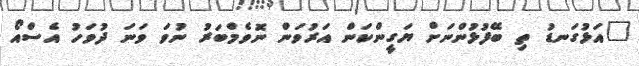
"އަޅުގަނޑު ތި ބޭފުޅުންނަށް ޔަގީންކަން އަރުވަން ނޮވެމްބަރު ނުވަ ވަނަ ދުވަހު އެސްއޯ